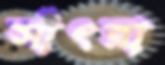
সাঁৎরা